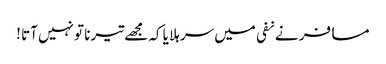
مسافر نے نفی میں سر ہلا یا کہ مجھے تیرنا تو نہیں آتا !